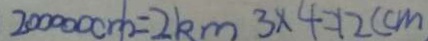
2 0 0 0 0 0 0 0 m = 2 k m 3 \times 4 = 1 2 ( c m